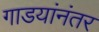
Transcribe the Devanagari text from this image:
गाडयांनंतर